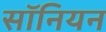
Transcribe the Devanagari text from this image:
सॉनियन